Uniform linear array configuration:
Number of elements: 32
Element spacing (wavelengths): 1
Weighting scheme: cosine
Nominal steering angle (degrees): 60
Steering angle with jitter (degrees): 58.119
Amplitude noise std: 0.05
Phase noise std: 0.05

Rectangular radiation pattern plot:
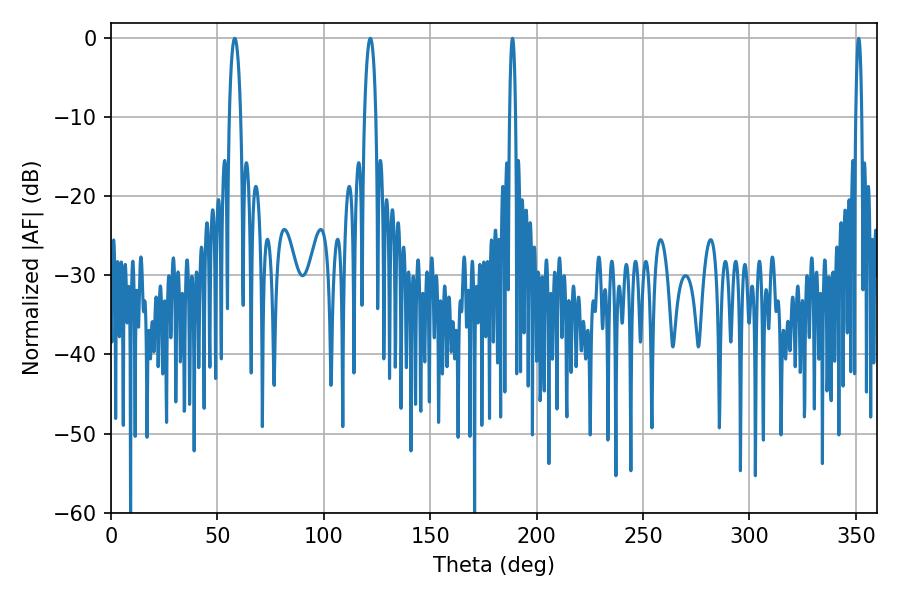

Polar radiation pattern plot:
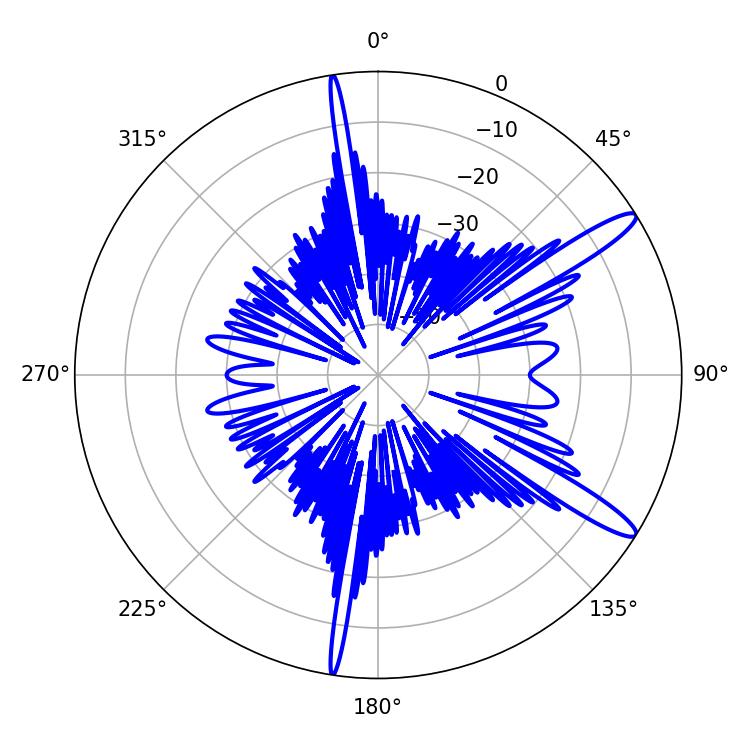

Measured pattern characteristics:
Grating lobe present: TRUE
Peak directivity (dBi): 13.4
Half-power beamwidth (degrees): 3.06
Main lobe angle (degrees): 58.14